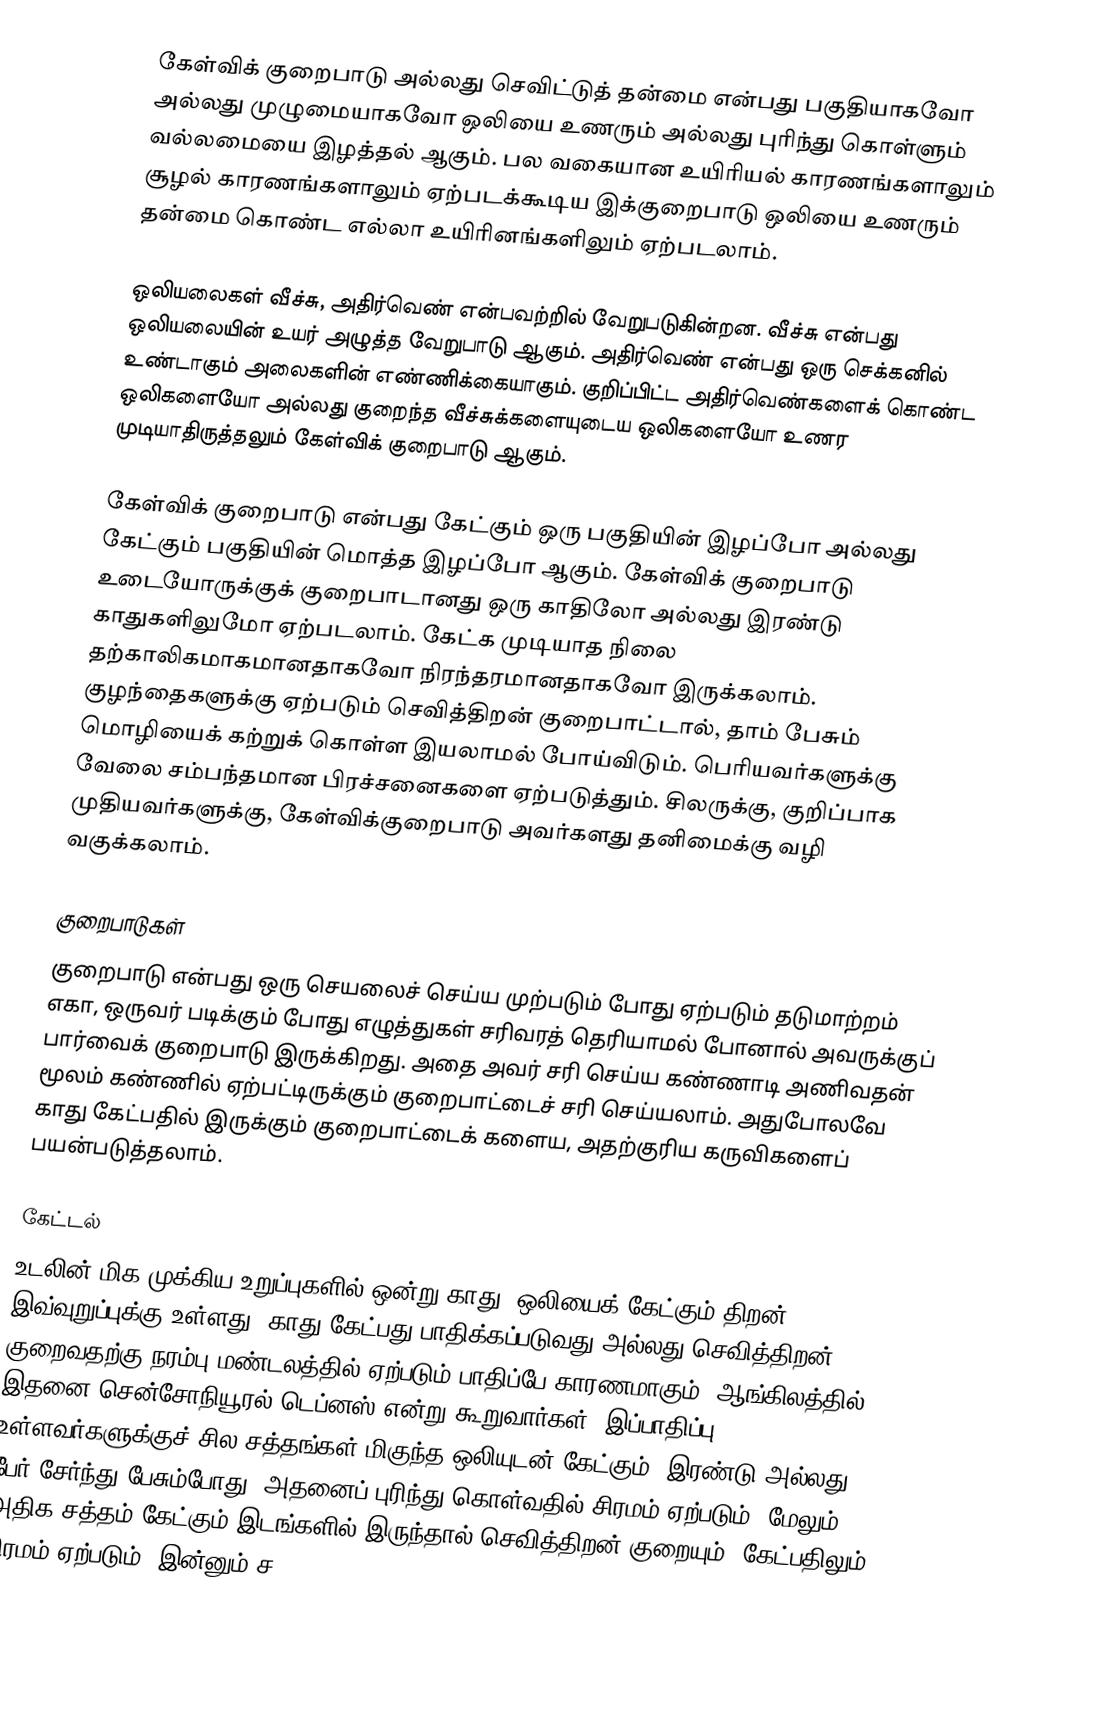
கேள்விக் குறைபாடு அல்லது செவிட்டுத் தன்மை என்பது பகுதியாகவோ அல்லது முழுமையாகவோ ஒலியை உணரும் அல்லது புரிந்து கொள்ளும் வல்லமையை இழத்தல் ஆகும். பல வகையான உயிரியல் காரணங்களாலும் சூழல் காரணங்களாலும் ஏற்படக்கூடிய இக்குறைபாடு ஒலியை உணரும் தன்மை கொண்ட எல்லா உயிரினங்களிலும் ஏற்படலாம்.

ஒலியலைகள் வீச்சு, அதிர்வெண் என்பவற்றில் வேறுபடுகின்றன. வீச்சு என்பது ஒலியலையின் உயர் அழுத்த வேறுபாடு ஆகும். அதிர்வெண் என்பது ஒரு செக்கனில் உண்டாகும் அலைகளின் எண்ணிக்கையாகும். குறிப்பிட்ட அதிர்வெண்களைக் கொண்ட ஒலிகளையோ அல்லது குறைந்த வீச்சுக்களையுடைய ஒலிகளையோ உணர முடியாதிருத்தலும் கேள்விக் குறைபாடு ஆகும்.

கேள்விக் குறைபாடு என்பது கேட்கும் ஒரு பகுதியின் இழப்போ அல்லது கேட்கும் பகுதியின் மொத்த இழப்போ ஆகும். கேள்விக் குறைபாடு உடையோருக்குக் குறைபாடானது ஒரு காதிலோ அல்லது இரண்டு காதுகளிலுமோ ஏற்படலாம். கேட்க முடியாத நிலை தற்காலிகமாகமானதாகவோ நிரந்தரமானதாகவோ இருக்கலாம். குழந்தைகளுக்கு ஏற்படும் செவித்திறன் குறைபாட்டால், தாம் பேசும் மொழியைக் கற்றுக் கொள்ள இயலாமல் போய்விடும். பெரியவர்களுக்கு வேலை சம்பந்தமான பிரச்சனைகளை ஏற்படுத்தும். சிலருக்கு, குறிப்பாக முதியவர்களுக்கு, கேள்விக்குறைபாடு அவர்களது தனிமைக்கு வழி வகுக்கலாம்.

குறைபாடுகள்
குறைபாடு என்பது ஒரு செயலைச் செய்ய முற்படும் போது ஏற்படும் தடுமாற்றம் எகா, ஒருவர் படிக்கும் போது எழுத்துகள் சரிவரத் தெரியாமல் போனால் அவருக்குப் பார்வைக் குறைபாடு இருக்கிறது. அதை அவர் சரி செய்ய கண்ணாடி அணிவதன் மூலம் கண்ணில் ஏற்பட்டிருக்கும் குறைபாட்டைச் சரி செய்யலாம். அதுபோலவே காது கேட்பதில் இருக்கும் குறைபாட்டைக் களைய, அதற்குரிய கருவிகளைப் பயன்படுத்தலாம்.

கேட்டல்
உடலின் மிக முக்கிய உறுப்புகளில் ஒன்று காது. ஒலியைக் கேட்கும் திறன் இவ்வுறுப்புக்கு உள்ளது. காது கேட்பது பாதிக்கப்படுவது அல்லது செவித்திறன் குறைவதற்கு நரம்பு மண்டலத்தில் ஏற்படும் பாதிப்பே காரணமாகும். ஆங்கிலத்தில் இதனை சென்சோநியூரல் டெப்னஸ் என்று கூறுவார்கள். இப்பாதிப்பு உள்ளவர்களுக்குச் சில சத்தங்கள் மிகுந்த ஒலியுடன் கேட்கும். இரண்டு அல்லது 3 பேர் சேர்ந்து பேசும்போது, அதனைப் புரிந்து கொள்வதில் சிரமம் ஏற்படும். மேலும் அதிக சத்தம் கேட்கும் இடங்களில் இருந்தால் செவித்திறன் குறையும். கேட்பதிலும் சிரமம் ஏற்படும். இன்னும் ச